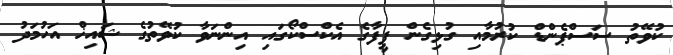
ކުވޭތު ސަސްޕެންޑް ކުރުމާއި ގުޅިގެން ފީފާގެ އެކްސްކޯގައި އިންނަވާ ކުވޭތުގެ ޝައިޚް އަހުމަދު